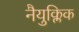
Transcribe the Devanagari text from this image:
नैयुक्लिक